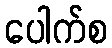
ပေါက်စ